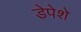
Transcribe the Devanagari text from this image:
डेपेशे